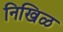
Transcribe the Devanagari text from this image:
निखिळ